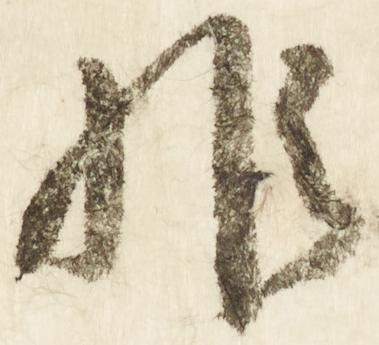
非